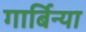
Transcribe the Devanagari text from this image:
गार्बिन्या